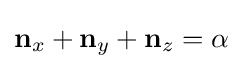
\mathbf {n} _{x}+\mathbf {n} _{y}+\mathbf {n} _{z}=\alpha